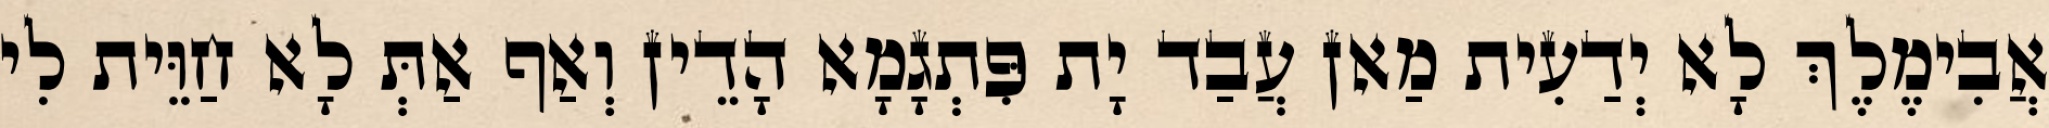
אֲבִימֶלֶךְ לָא יְדַעִית מַאן עֲבַד יָת פִּתְגָמָא הָדֵין וְאַף אַתְּ לָא חַוֵּית לִי